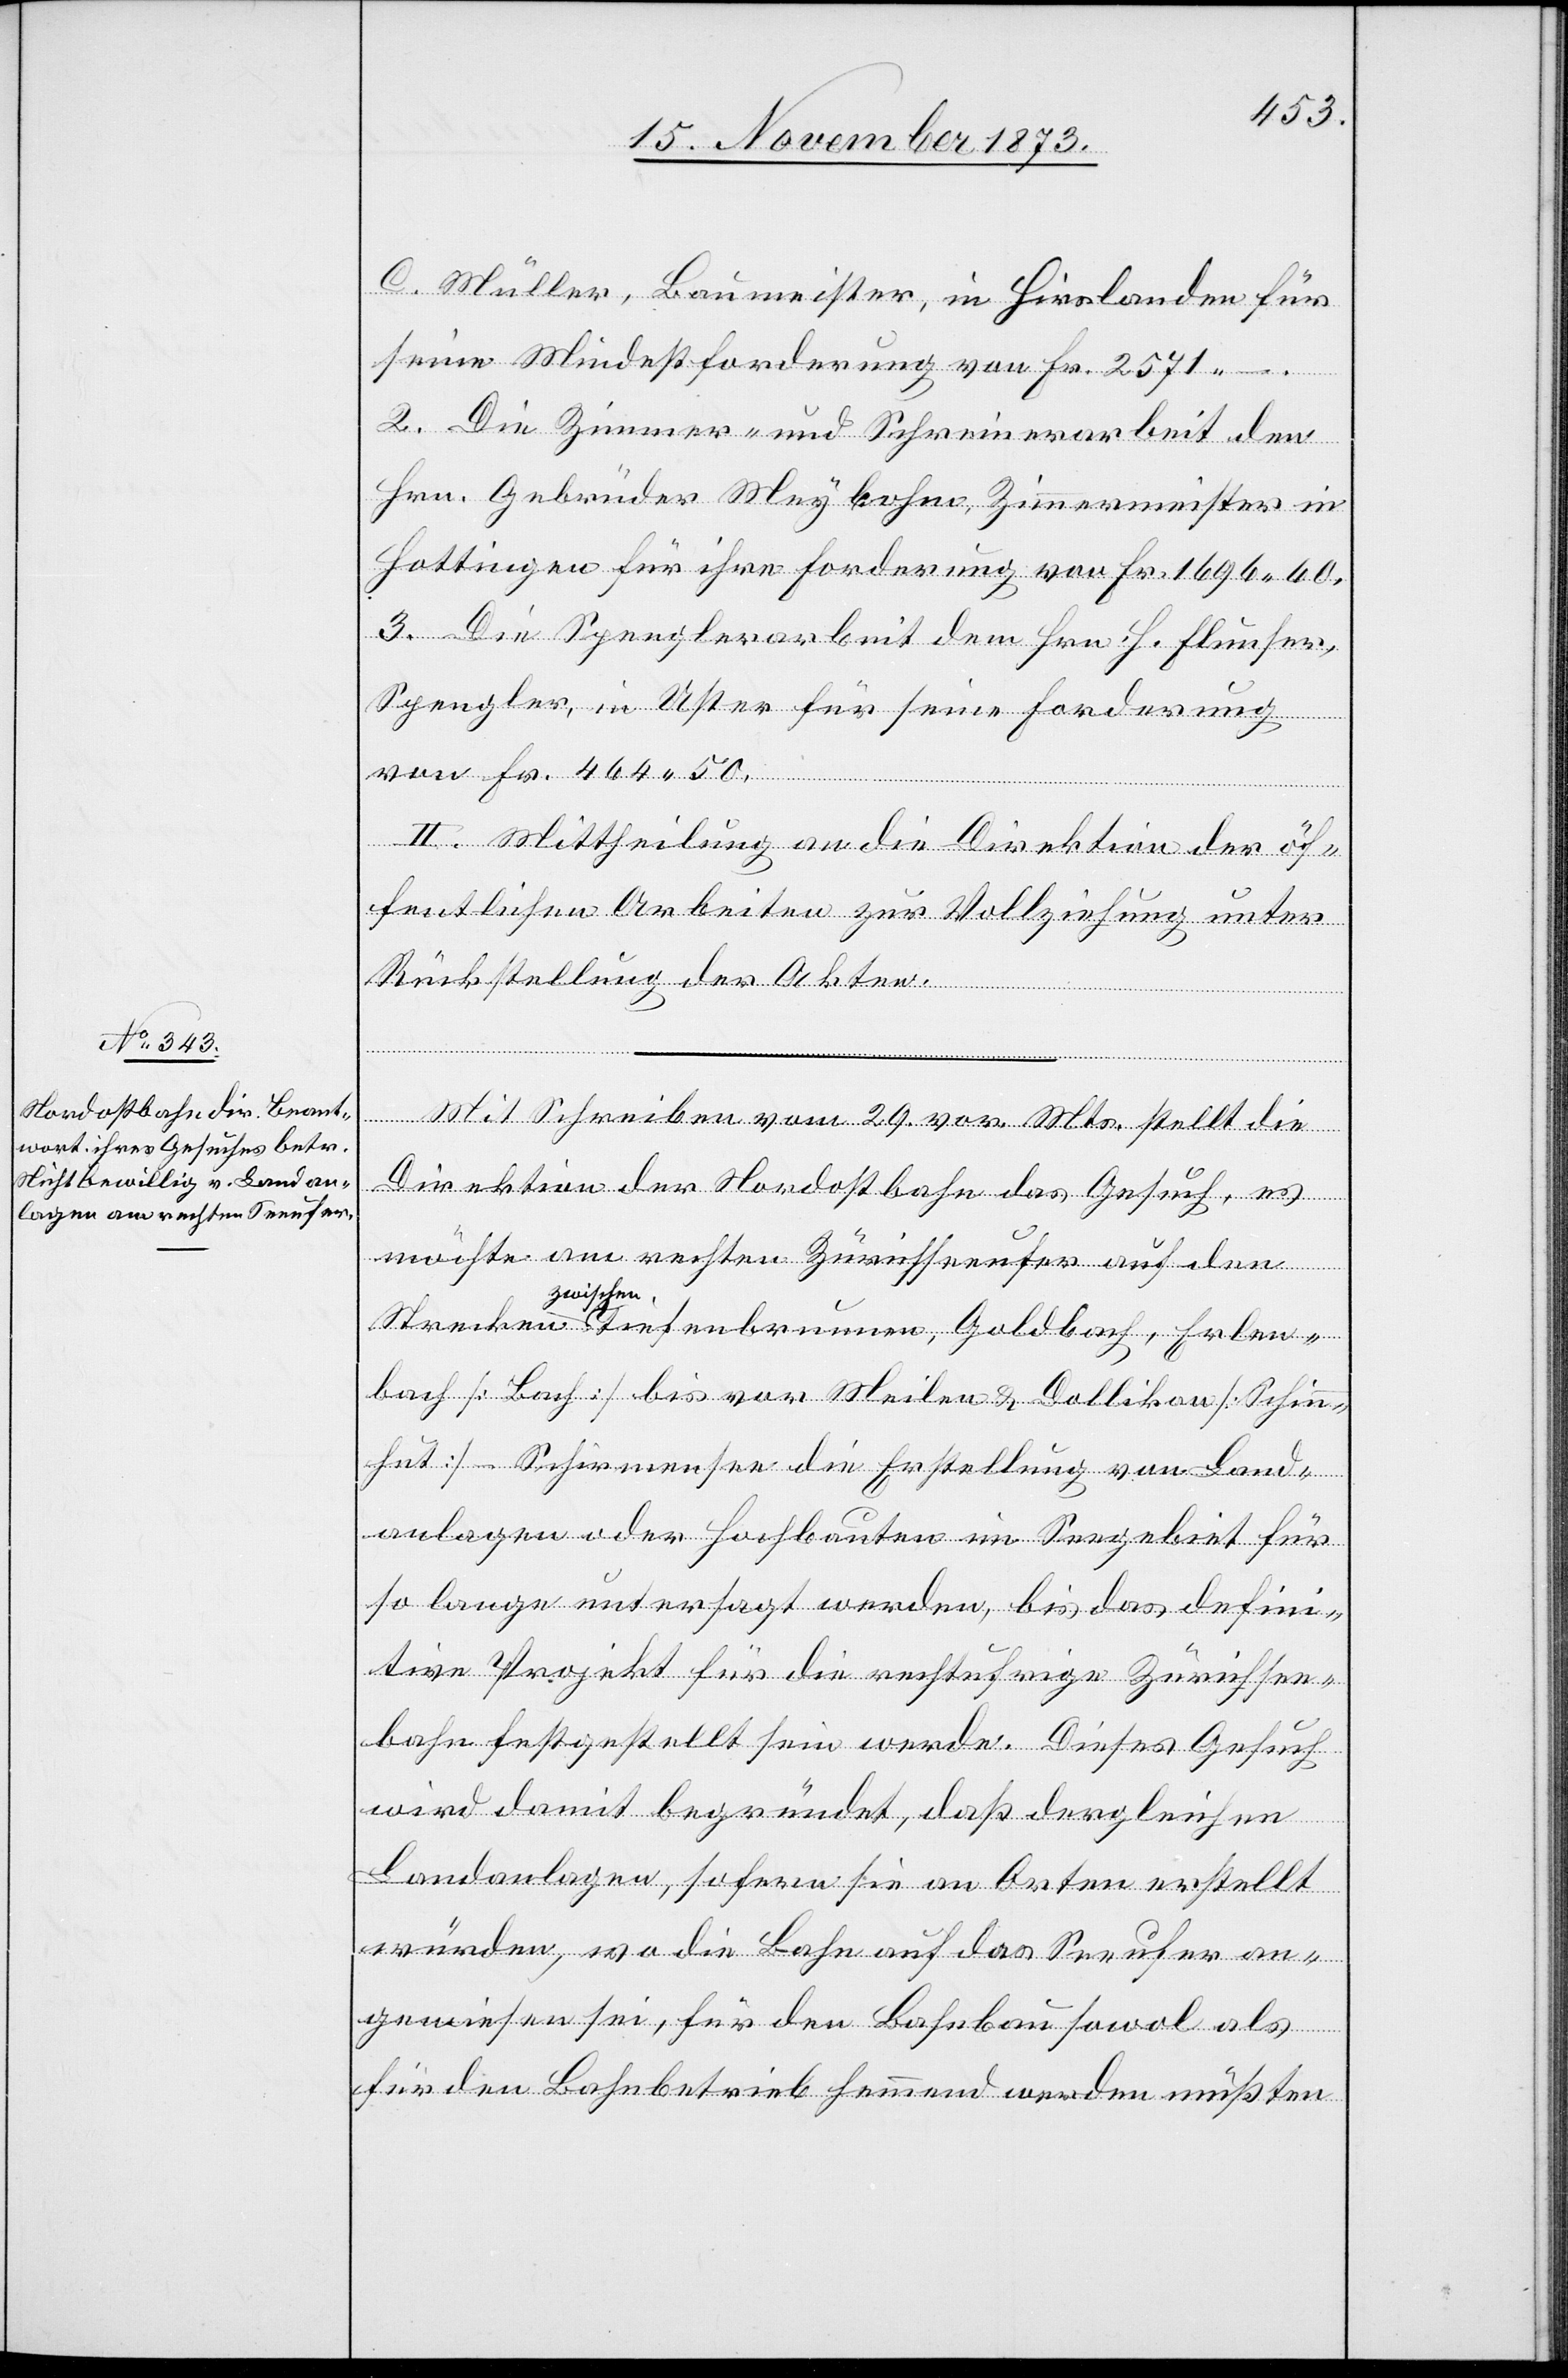
C. Müller, Baumeister, in Hirslanden für
seien Mindestforderung von Fr. 2 571 –.
2. Die Zimmer- und Schreinerarbeit den
Hrn. Gebrüder Meybohm, Zimmermeister in
Hottingen für ihre Forderung von Fr. 1 696 60.
3. Die Spenglerarbeit dem Hrn. H. Flunser,
Spengler, in Uster für seine Forderung
von Fr. 464 50.
II. Mittheilung an die Direktion der öf¬
fentlichen Arbeiten zur Vollziehung unter
Rückstellung der Akten.
Mit Schreiben vom 29. vor. Mts. stellt die
Direktion der Nordostbahn das Gesuch, es
möchte am rechten Zürichseeufer auf den
Strecken zwischen Tiefenbrunnen, Goldbach, Erlen¬
bach [Bach] bis vor Meilen & Dollikon [Schinn¬
hut]–Schirmensee die Erstellung von Land¬
anlagen oder Hochbauten im Seegebiet für
so lange untersagt werden, bis das defini¬
tive Projekt für die rechtufrige Zürichsee¬
bahn festgestellt sein werde. Dieses Gesuch
wird damit begründet, daß dergleichen
Landanlagen, sofern sie an Orten erstellt
würden, wo die Bahn auf das Seeufer an¬
gewiesen sei, für den Bahnbau sowol als
für den Bahnbetrieb hemmend werden müßten